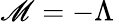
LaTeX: \mathscr{M}=-\Lambda